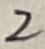
Text: 2